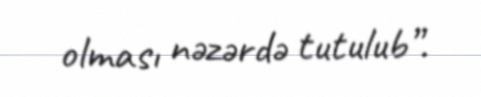
olması nəzərdə tutulub”.